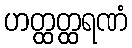
ဟတ္ထတ္ထရဏံ